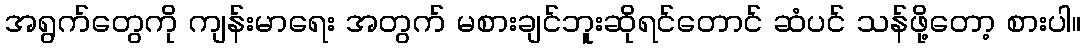
အရွက်တွေကို ကျန်းမာရေး အတွက် မစားချင်ဘူးဆိုရင်တောင် ဆံပင် သန်ဖို့တော့ စားပါ။